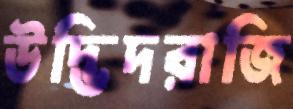
উদ্ভিদরাজি